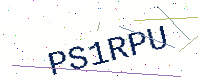
Text: PS1RPU